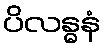
ပိလန္ဓနံ